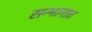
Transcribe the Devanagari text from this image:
सन्मानात